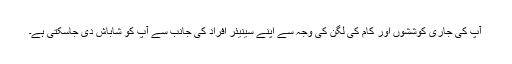
آپ کی جاری کوششوں اور کام کی لگن کی وجہ سے اپنے سینیئر افراد کی جانب سے آپ کو شاباش دی جاسکتی ہے۔